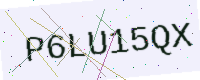
Text: P6LU15QX